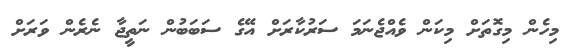
މިހެން މިގޮތަށް މިކަން ވެއްޖެނަމަ ސަރުކާރަށް އޭގެ ސަބަބުން ނަތީޖާ ނެރެން ވަރަށް